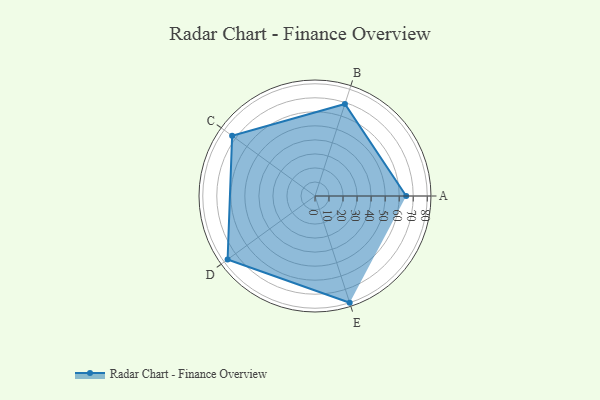
{"axis": {"x": "Skill", "y": "Score"}, "legend": ["Profile"], "data": [{"x": "A", "y": 65.0, "type": "Profile"}, {"x": "B", "y": 69.0, "type": "Profile"}, {"x": "C", "y": 73.0, "type": "Profile"}, {"x": "D", "y": 77.0, "type": "Profile"}, {"x": "E", "y": 80.0, "type": "Profile"}]}